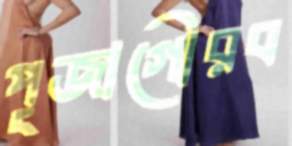
পূজাগৌরব